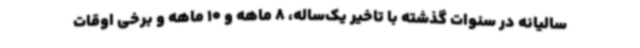
سالیانه در سنوات گذشته با تاخیر یک‌ساله، 8 ماهه و 10 ماهه و برخی اوقات